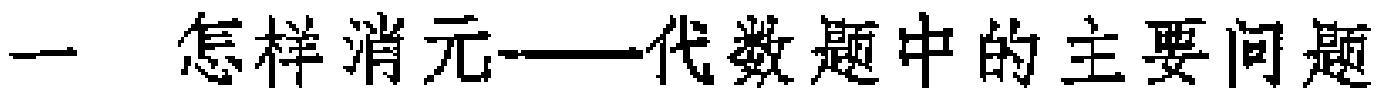
一 怎样消元——代数题中的主要问题